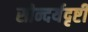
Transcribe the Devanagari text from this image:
सौन्दर्यदृष्टी